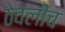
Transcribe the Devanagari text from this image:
ठेवलीच